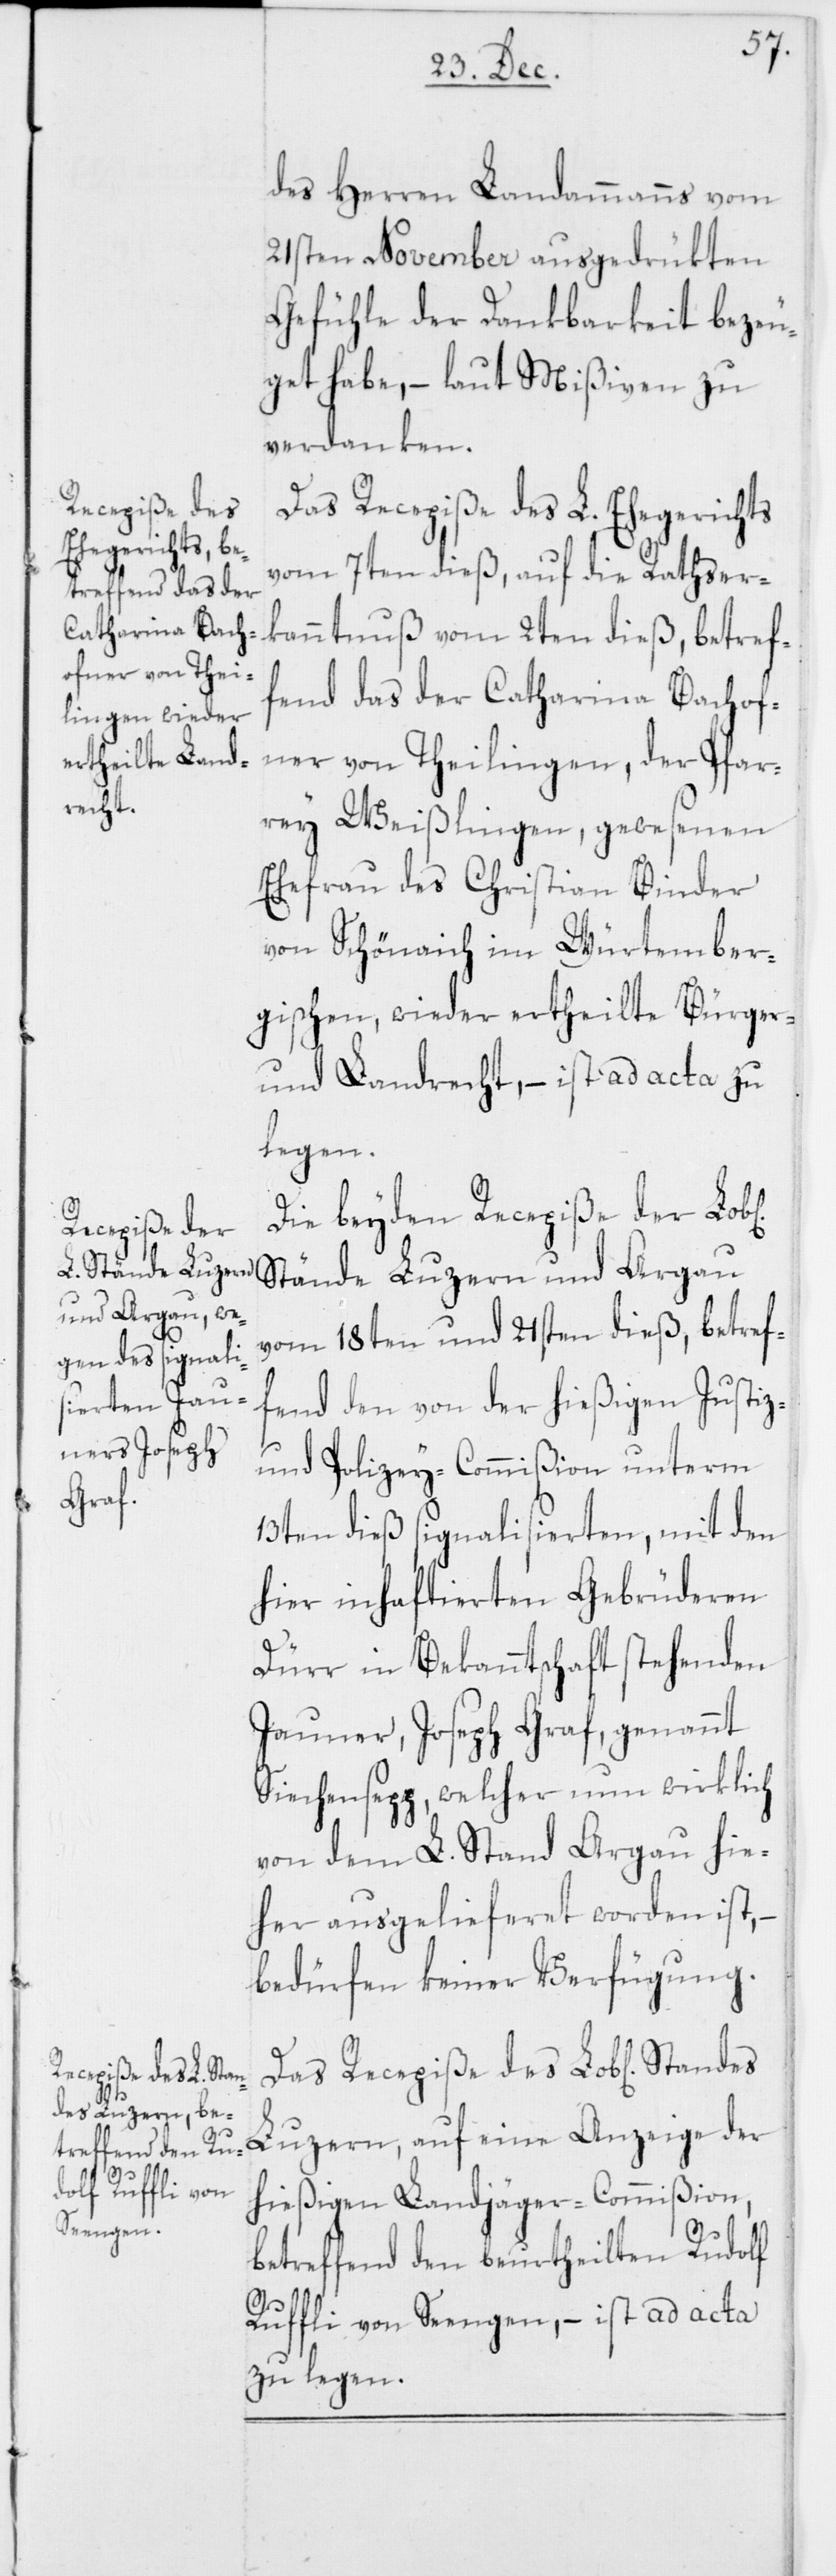
Recepiße des
Das

des Herren Landammanns vom
21sten November ausgedrükten
Gefühle der Dankbarkeit bezeu¬
get habe, – laut Mißiven zu
verdanken.
Das Recepiße des L. Ehegerichts
vom 7ten dieß, auf die Ratser¬
kanntnuß vom 2ten dieß, betref¬
fend das der Catharina Bachof¬
ner von Theilingen, der Pfar¬
rey Weißlingen, gewesenen
Ehefrau des Christian Binder
von Schönaich im Würtember¬
gischen, wieder ertheilte Bürger-
und Landrecht, – ist ad acta zu
legen.
Die beyden Recepiße der Lob[l¬
Stände Luzern und Argau
vom 18ten und 21sten dieß, betref¬
fend den von der hießigen Justiz-
und Polizey-Commißion unterm
13ten dieß signalisierten, mit den
hier inhaftierten Gebrüderen
Dürr in Bekanntschaft stehenden
Jauner, Joseph Graf, genannt
Siechensepp, welcher nun wirklich
von dem L. Stand Argau hie¬
her ausgelieferet worden ist,
bedürfen keiner Verfügung.
Luzern, auf eine Anzeige der
hießigen Landjäger-Commißion,
betreffend den beurtheilten Rudolf
Ruffli von Seengen, – ist ad acta
zu legen.